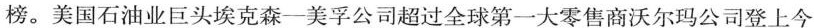
榜。美国石油业巨头埃克森-美孚公司超过全球第一大零售商沃尔玛公司登上今